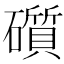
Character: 礩